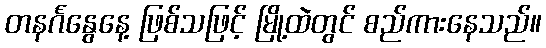
တနင်္ဂနွေနေ့ ဖြစ်သဖြင့် မြို့ထဲတွင် စည်ကားနေသည်။